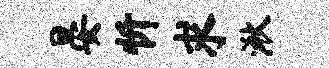
晏忻求湫